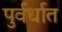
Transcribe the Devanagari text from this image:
पुर्वर्धात